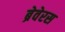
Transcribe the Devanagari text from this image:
ब्रेवेरस